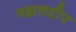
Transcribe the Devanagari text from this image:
गझलदीप